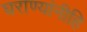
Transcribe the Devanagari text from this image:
घराण्यांनीहि